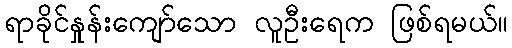
ရာခိုင်နှုန်းကျော်သော လူဦးရေက ဖြစ်ရမယ်။